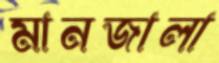
মানজালা